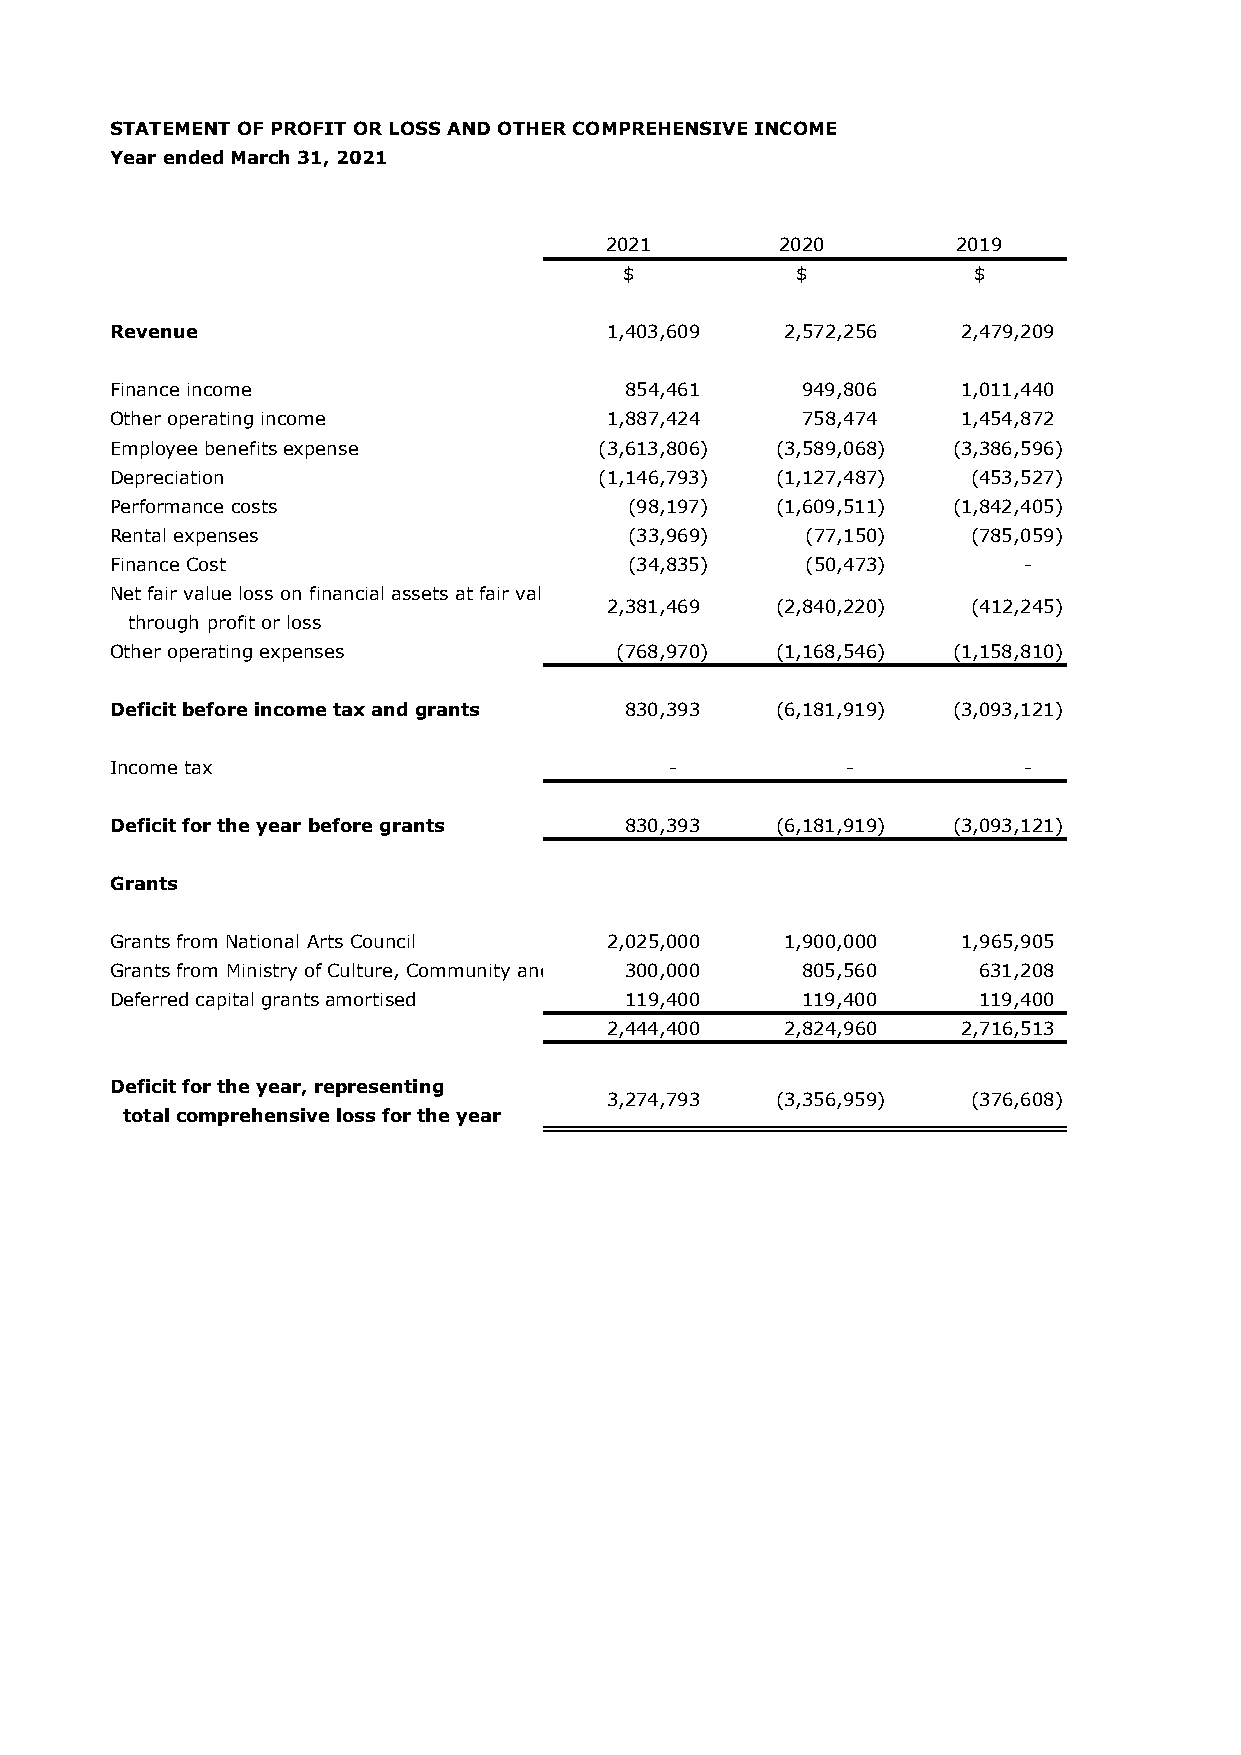
STATEMENT OF PROFIT OR LOSS AND OTHER COMPREHENSIVE INCOME
 Year ended March 31, 2021
 2021        2020       2019
 $           $          $
 Revenue                          1 ,403,609  2 ,572,256  2 ,479,209
 Finance income                    8 54,461    9 49,806   1 ,011,440
 Other operating income           1,887,424    7 58,474   1 ,454,872
 Employee benefits expense        (3,613,806) ( 3,589,068) (3,386,596)
 Depreciation                     ( 1,146,793) ( 1,127,487) (453,527)
 Performance costs                  ( 98,197) (1,609,511) (1,842,405)
 Rental expenses                    ( 33,969)  ( 77,150)  ( 785,059)
 Finance Cost                       ( 34,835)  ( 50,473)      -
 Net fair value loss on financial assets at fair value
 2 ,381,469 ( 2,840,220) ( 412,245)
 through profit or loss
 Other operating expenses          ( 768,970) ( 1,168,546) (1,158,810)
 Deficit before income tax and grants 8 30,393 (6,181,919) (3,093,121)
 Income tax                           -           -           -
 Deficit for the year before grants 8 30,393 (6,181,919) (3,093,121)
 Grants
 Grants from National Arts Council 2 ,025,000 1 ,900,000  1 ,965,905
 Grants from Ministry of Culture, Community and Y o u t h 3 00,000 8 05,560 6 31,208
 Deferred capital grants amortised 119,400     1 19,400    1 19,400
 2 ,444,400  2 ,824,960  2 ,716,513
 Deficit for the year, representing
 3 ,274,793 ( 3,356,959) ( 376,608)
 total comprehensive loss for the year